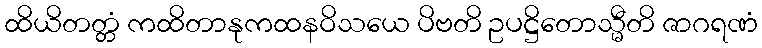
ထိယိတတ္တံ ကထိတာနုကထနဝိသယေ ပိဗတိ ဥပဋ္ဌိတောသ္မီတိ ဇာဂရဏံ